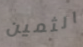
الثمين